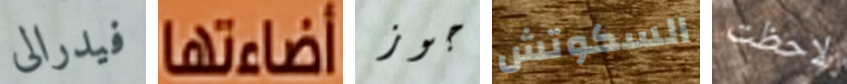
فيدرالى أضاءتها جوز السكوتش لاحظت